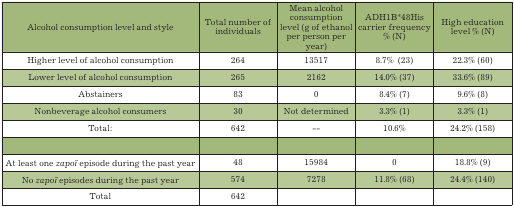
| Alcohol consumption level and style | Total number ofindividuals | Mean alcoholconsumptionlevel (g of ethanolper person peryear) | ADH1B*48Hiscarrier frequency% (N) | High educationlevel % (N) |  |
 | --- | --- | --- | --- | --- | --- |
 | Higher level of alcohol consumption | 264 | 13517 | 8.7% (23) | 22.3% (60) |
 | Lower level of alcohol consumption | 265 | 2162 | 14.0% (37) | 33.6% (89) |
 | Abstainers | 83 | 0 | 8.4% (7) | 9.6% (8) |
 | Nonbeverage alcohol consumers | 30 | Not determined | 3.3% (1) | 3.3% (1) |
 | Total: | 642 | - - | 10.6% | 24.2% (158) |
 |  |  |  |  |  |
 | At least one zapoï episode during the past year | 48 | 15984 | 0 | 18.8% (9) |
 | No zapoï episodes during the past year | 574 | 7278 | 11.8% (68) | 24.4% (140) |
 | Total | 642 |  |  |  |